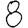
Digit: 8